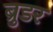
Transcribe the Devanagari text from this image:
ब्रुडर